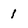
Character: 1